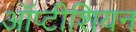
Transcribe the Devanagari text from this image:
ऑप्टीशियन